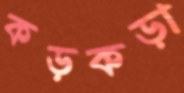
কড়কড়া